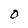
Character: 0